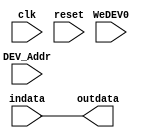
module indev(clk,reset,WeDEV0,DEV_Addr,indata,outdata);
  input clk,reset,WeDEV0;
  input [1:0] DEV_Addr;
  input [31:0] indata;
  output [31:0] outdata;
  wire [31:0] outdata;
  assign outdata=indata;
endmodule